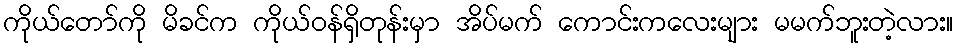
ကိုယ်တော်ကို မိခင်က ကိုယ်ဝန်ရှိတုန်းမှာ အိပ်မက် ကောင်းကလေးများ မမက်ဘူးတဲ့လား။